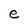
Character: e